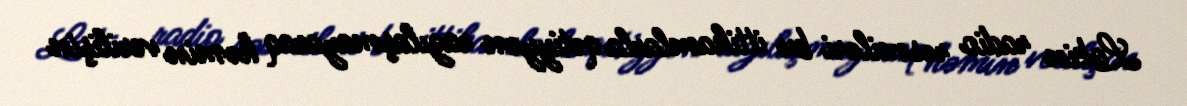
Lakin radio rəsmiləri bu ittihamlarla qətiyyən razılaşmayaraq həmin verilişin